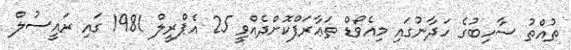
ތުއްތު ސާހިބުގެ ހަދާނުގައި މިއެވޯޑް ތަޢާރަފްކޮށްދެއްވީ 25 އެޕްރީލް 1981 ގައި ރައީސުލް